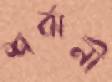
শর্বানী